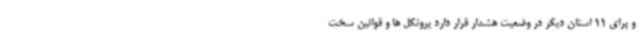
و برای 11 استان دیگر در وضعیت هشدار قرار دارد پروتکل ها و قوانین سخت